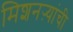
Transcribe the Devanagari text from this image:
मिशनऱ्यांची